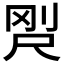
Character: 𡱸